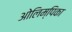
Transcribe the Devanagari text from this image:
ओलिम्पिका